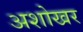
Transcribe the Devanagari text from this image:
अशोखर